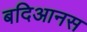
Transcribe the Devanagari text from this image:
बदिआनस